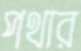
পথার